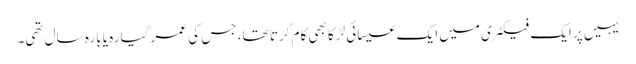
یہیں پر ایک فیکٹری میں ایک عیسائی لڑکا بھی کام کرتا تھا، جس کی عمر گیارہ یا بارہ سال تھی۔